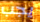
يجب